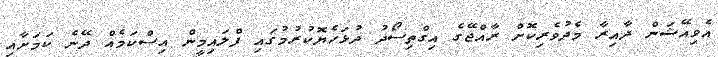
އެވިއޭޝަން ދާއިރާ މެދުވެރިކޮށް ރާއްޖޭގެ އިގްތިސޯދު ދުޅަހެޔޮކުރުމުގައި ފްލައިމީން އިސްކަމެއް ދޭނެ ކަމަށާއި